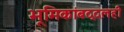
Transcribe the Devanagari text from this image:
भूमिकांबद्दलही